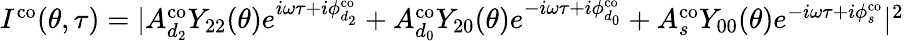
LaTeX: \begin{array}{r}{I^{\mathrm{{co}}}(\theta,\tau)=|A_{d_{2}}^{\mathrm{co}}Y_{22}(\theta)e^{i\omega\tau+i\phi_{d_{2}}^{\mathrm{{co}}}}+A_{d_{0}}^{\mathrm{co}}Y_{20}(\theta)e^{-i\omega\tau+i\phi_{d_{0}}^{\mathrm{{co}}}}+A_{s}^{\mathrm{co}}Y_{00}(\theta)e^{-i\omega\tau+i\phi_{s}^{\mathrm{{co}}}}|^{2}}\end{array}